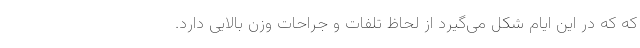
که که در این ایام شکل می‌گیرد از لحاظ تلفات و جراحات وزن بالایی دارد.